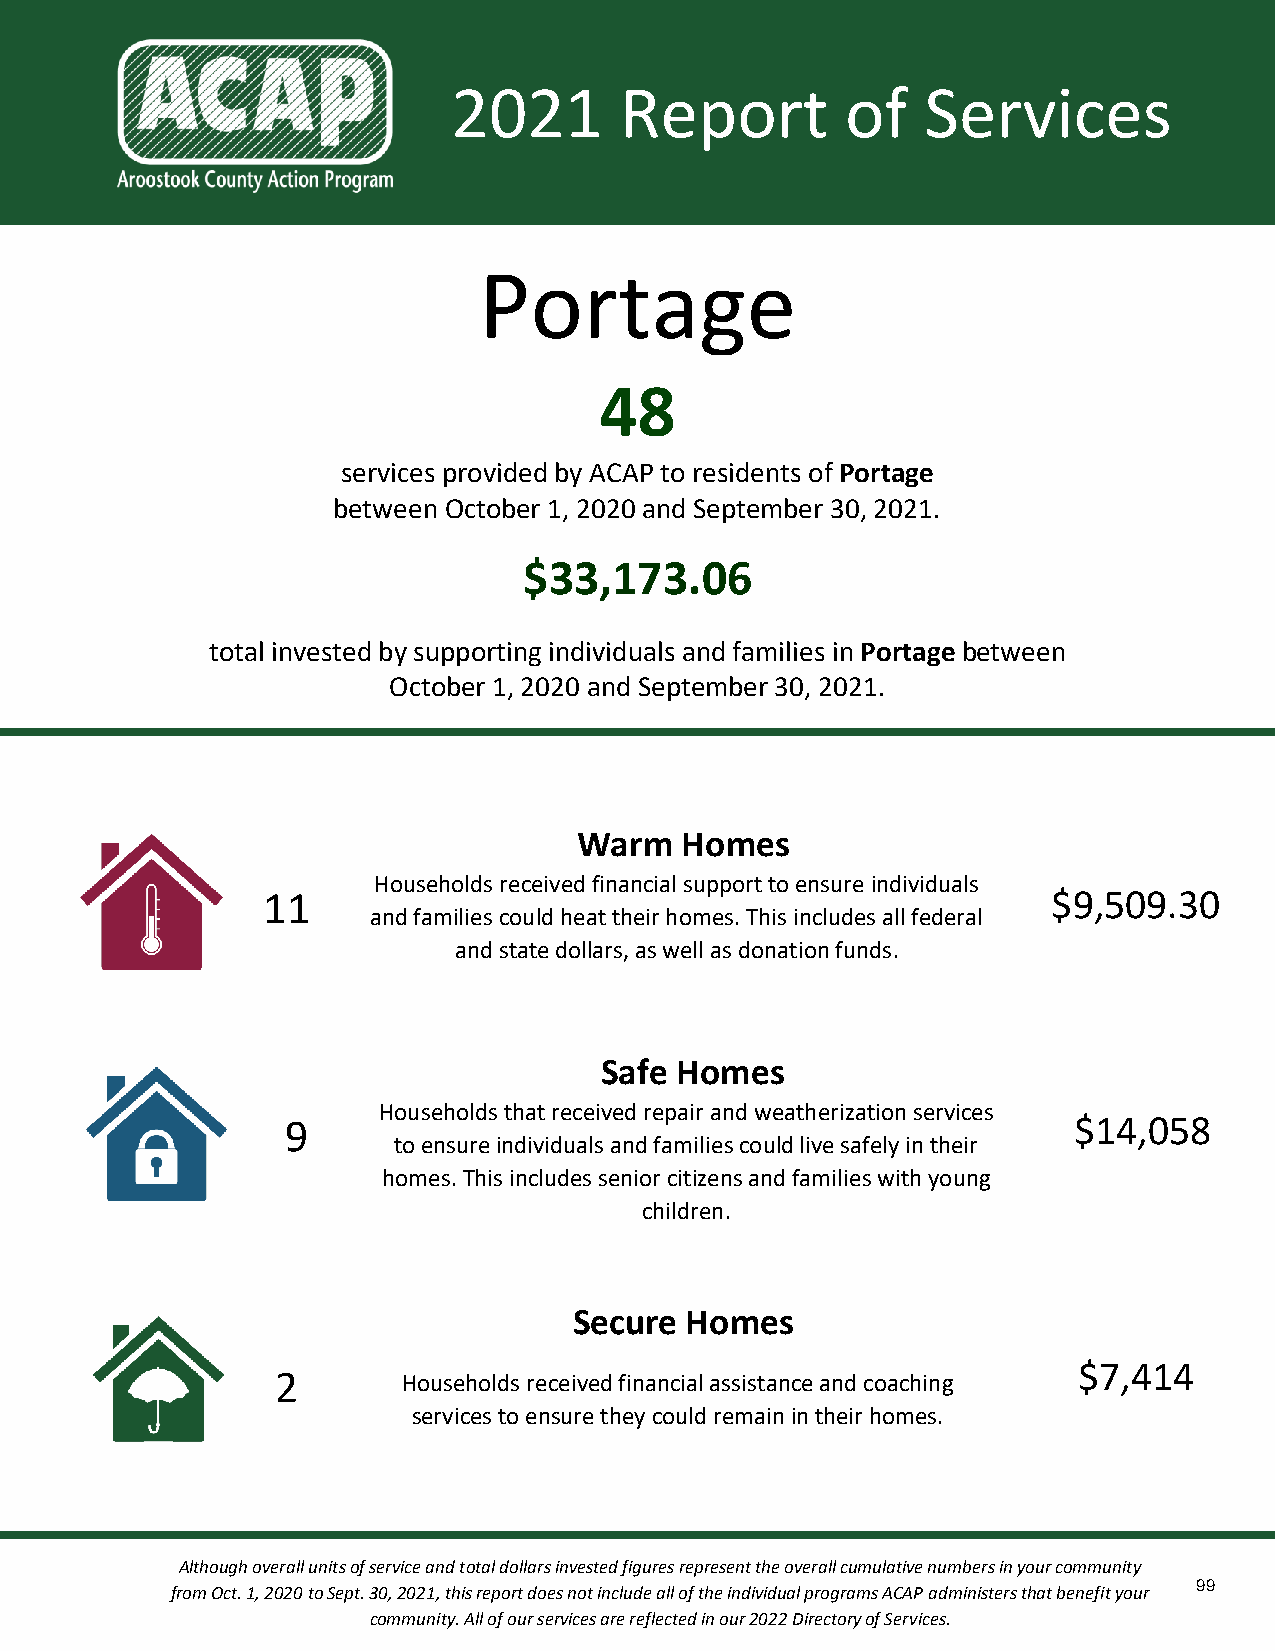
2021       Report         of   Services
 Portage
 48
 services provided by ACAP to residents of Portage
 between October 1, 2020 and September 30, 2021.
 $33,173.06
 total invested by supporting individuals and families in Portage between
 October 1, 2020 and September 30, 2021.
 Warm   Homes
 Households received financial support to ensure individuals
 11                                                   $9,509.30
 and families could heat their homes. This includes all federal
 and state dollars, as well as donation funds.
 Safe Homes
 Households that received repair and weatherization services
 9                                                   $14,058
 to ensure individuals and families could live safely in their
 homes. This includes senior citizens and families with young
 children.
 Secure Homes
 $7,414
 2        Households received financial assistance and coaching
 services to ensure they could remain in their homes.
 Although overall units of service and total dollars invested figures represent the overall cumulative numbers in your community
 99
 from Oct. 1, 2020 to Sept. 30, 2021, this report does not include all of the individual programs ACAP administers that benefit your
 community. All of our services are reflected in our 2022 Directory of Services.